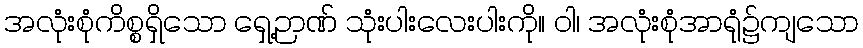
အလုံးစုံကိစ္စရှိသော ရှေ့ဉာဏ် သုံးပါးလေးပါးကို။ ဝါ၊ အလုံးစုံအာရုံ၌ကျသော